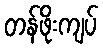
တန်ဖိုးကျပ်